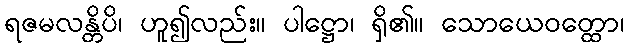
ရဇမလန္တိပိ၊ ဟူ၍လည်း။ ပါဋ္ဌော၊ ရှိ၏။ သောယေဝတ္ထော၊